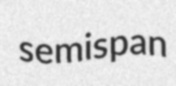
semispan